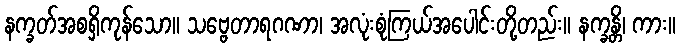
နက္ခတ်အစရှိကုန်သော။ သဗ္ဗေတာရဂဏာ၊ အလုံးစုံကြယ်အပေါင်းတို့တည်း။ နက္ခန္တိ၊ ကား။